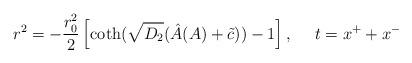
LaTeX: \begin{align*}r^2=-\frac{r_0^2}{2}\left[ \coth (\sqrt{D_2}(\hat{A}(A)+\tilde{c}))-1\right],~~~~t=x^++x^-\end{align*}